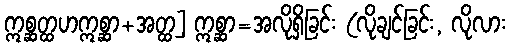
ဣစ္ဆတ္ထဟဣစ္ဆာ+အတ္ထ] ဣစ္ဆာ=အလိုရှိခြင်း (လိုချင်ခြင်း, လိုလား